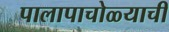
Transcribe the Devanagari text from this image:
पालापाचोळ्याची